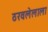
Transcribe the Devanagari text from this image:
ठरवलेलाला